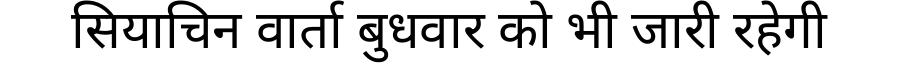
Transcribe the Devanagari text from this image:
सियाचिन वार्ता बुधवार को भी जारी रहेगी